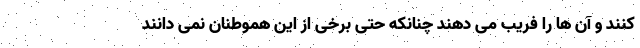
کنند و آن ها را فریب می دهند چنانکه حتی برخی از این هموطنان نمی دانند